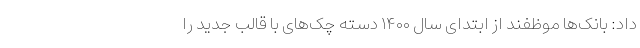
داد: بانک‌ها موظفند از ابتدای سال ۱۴۰۰ دسته چک‌های با قالب جدید را